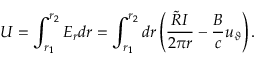
U = \int _ { r _ { 1 } } ^ { r _ { 2 } } E _ { r } d r = \int _ { r _ { 1 } } ^ { r _ { 2 } } d r \left( \frac { \tilde { R } I } { 2 \pi r } - \frac { B } { c } u _ { \vartheta } \right) .